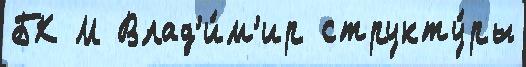
БК М Влад'и́м'ир структу́ры